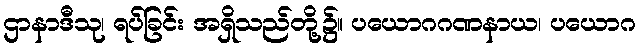
ဌာနာဒီသု၊ ရပ်ခြင်း အရှိသည်တို့၌။ ပယောဂဂဏနာယ၊ ပယောဂ